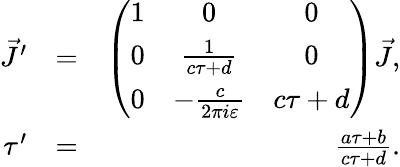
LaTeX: \begin{array}{rlr}{\vec{J}^{\prime}}&{=}&{\left(\begin{array}{ccc}{1}&{0}&{0}\\ {0}&{\frac{1}{c\tau+d}}&{0}\\ {0}&{-\frac{c}{2\pi i\varepsilon}}&{c\tau+d}\end{array}\right)\vec{J},}\\ {\tau^{\prime}}&{=}&{\frac{a\tau+b}{c\tau+d}.}\end{array}